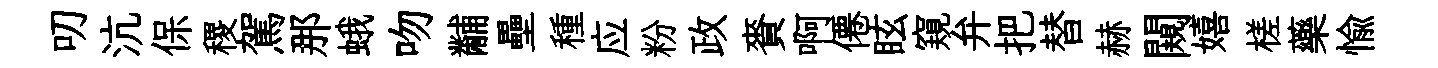
叨沆保稷駕那蛾吻黼壘種应粉政賚啊僊眩窺弁把替赫闚嬉槎藥愉